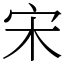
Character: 宋